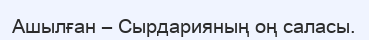
Ашылған – Сырдарияның оң саласы.